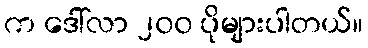
က ဒေါ်လာ ၂၀၀ ပိုများပါတယ်။